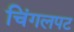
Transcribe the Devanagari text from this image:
चिंगलपट